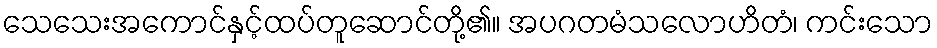
သေသေးအကောင်နှင့်ထပ်တူဆောင်တို့၏။ အပဂတမံသလောဟိတံ၊ ကင်းသော